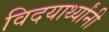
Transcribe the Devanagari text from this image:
विदयार्थ्‍यांनी